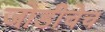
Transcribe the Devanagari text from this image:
जोडीचेच